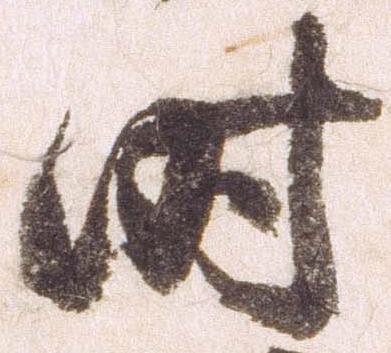
時